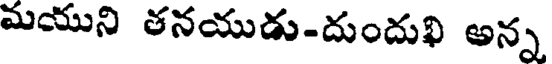
మయుని తనయుడు-దుందుఖి అన్న